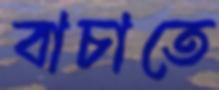
বাচাতে